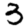
Digit: 3